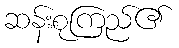
ဆန်းစုကြည်၏